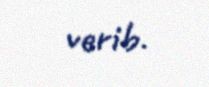
verib.